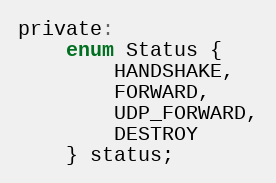
Language: C
private:
    enum Status {
        HANDSHAKE,
        FORWARD,
        UDP_FORWARD,
        DESTROY
    } status;